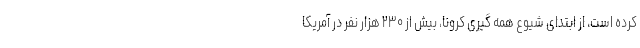
کرده است، از ابتدای شیوع همه گیری کرونا، بیش از ۲۳۰ هزار نفر در آمریکا